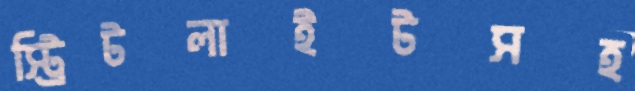
স্ট্রিটলাইটসহ